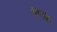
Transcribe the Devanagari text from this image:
चारक